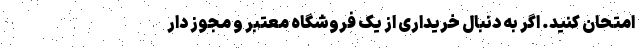
امتحان کنید. اگر به دنبال خریداری از یک فروشگاه معتبر و مجوز دار